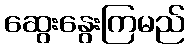
ဆွေးနွေးကြမည်